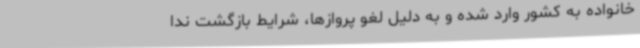
خانواده به کشور وارد شده‌ و به دلیل لغو پروازها، شرایط بازگشت ندا